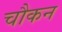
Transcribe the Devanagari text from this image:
चौकन